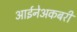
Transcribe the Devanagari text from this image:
आईनेअकबरी